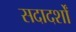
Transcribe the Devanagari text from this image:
सदादर्शों